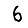
Digit: 6